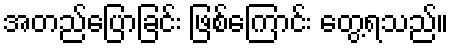
အတည်ပြောခြင်း ဖြစ်ကြောင်း တွေ့ရသည်။